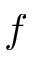
f